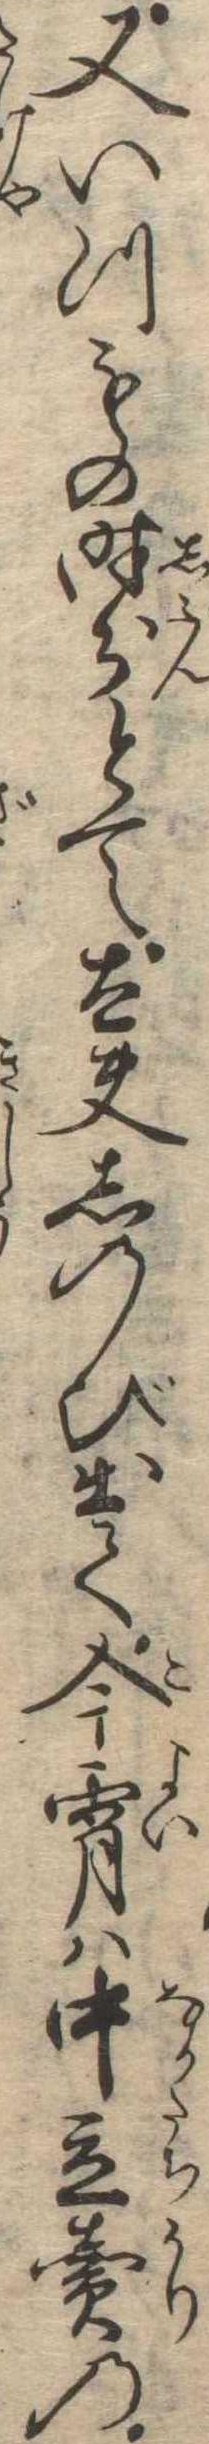
又いつもの時分とて太夫しのび出て今宵は中立売の